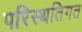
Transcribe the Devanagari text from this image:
परिस्थतिगत